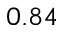
0 . 8 4